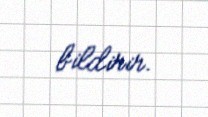
bildirir.